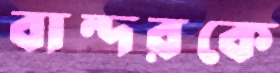
বান্দরকে